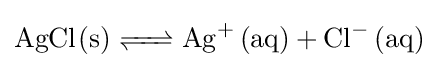
{\ce {AgCl(s) <=> Ag^+ (aq) + Cl^- (aq)}}